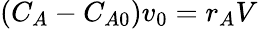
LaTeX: (C_{A}-C_{A0})v_{0}=r_{A}V